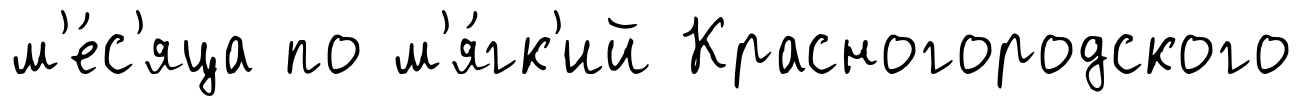
м'е́с'яца по м'я́гк'ий Красногородского